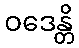
ဝဒေန္တိ